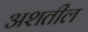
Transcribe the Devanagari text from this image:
अशतील